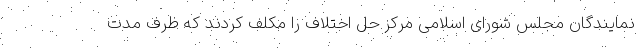
نمایندگان مجلس شورای اسلامی مرکز حل اختلاف را مکلف کردند که ظرف مدت